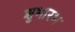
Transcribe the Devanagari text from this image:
शुभारभ